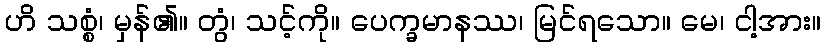
ဟိ သစ္စံ၊ မှန်၏။ တွံ၊ သင့်ကို။ ပေက္ခမာနဿ၊ မြင်ရသော။ မေ၊ ငါ့အား။